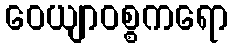
ဝေယျာဝစ္စကရော